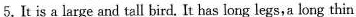
5.It is a large and tall bird. It has long legs,a long thin